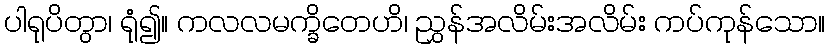
ပါရုပိတွာ၊ ရုံ၍။ ကလလမက္ခိတေဟိ၊ ညွှန်အလိမ်းအလိမ်း ကပ်ကုန်သော။